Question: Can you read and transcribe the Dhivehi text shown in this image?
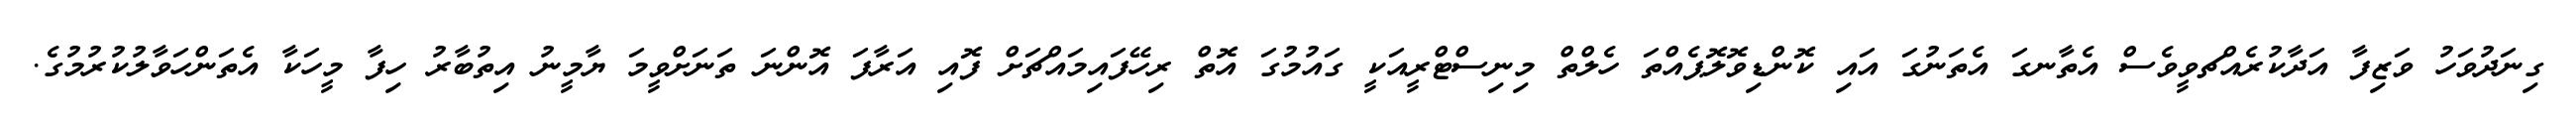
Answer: ގިނަދުވަހު ވަޒިފާ އަދާކުރެއްޗވީވެސް އެތާނގަ އެތަނުގަ އައި ކޮންޑިވޮލޮޕެއްތަ ހެލްތް މިނިސްޓްރީއަކީ ގައުމުގަ އޮތް ރިހޭފައިމައްޗަށް ފޮއި އަރާފަ އޮންނަ ތަނަށްވީމަ ޔާމީނު އިތުބާރު ހިފާ މީހަކާ އެތަންހަވާލުކުރުމުގެ.